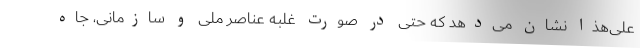
علی‌هذا نشان می‌دهد که حتی در صورت غلبه عناصر ملی و سازمانی‌، جاه